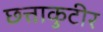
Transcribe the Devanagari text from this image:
छत्ताकुटीर